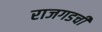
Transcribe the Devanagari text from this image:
राजगडची